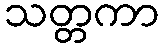
သတ္တကာ